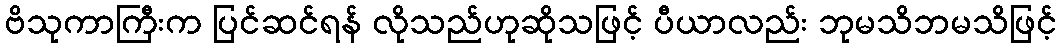
ဗိသုကာကြီးက ပြင်ဆင်ရန် လိုသည်ဟုဆိုသဖြင့် ပီယာလည်း ဘုမသိဘမသိဖြင့်